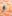
و